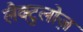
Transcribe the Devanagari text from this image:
लैक्टुलोज़